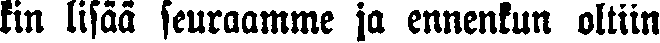
kin lisää seuraamme ja ennenkun oltiin